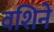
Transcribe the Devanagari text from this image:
वशिने